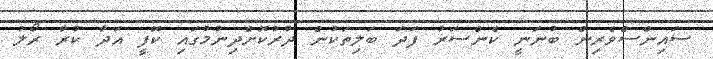
ސައިންސްވެރިން ބުނަނީ ކެންސަރު ފަދަ ބަލިތަކުން ދުރުކޮށްދިނުމުގައި ކޮފީ އަދާ ކުރާ ރޯލު